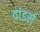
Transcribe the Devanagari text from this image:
वांडर्स